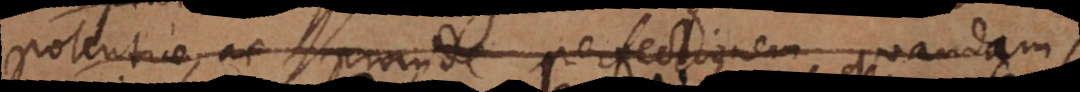
potentiae, ac proinde perfectionem quandam